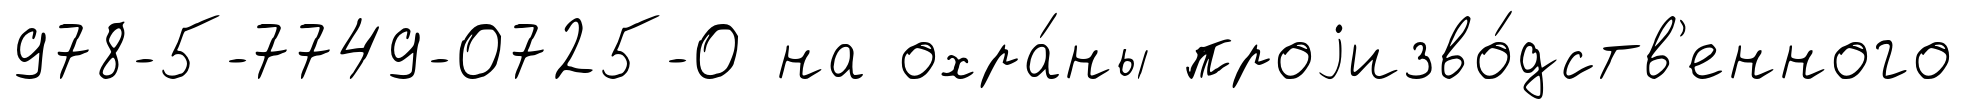
978-5-7749-0725-0 на охра́ны проjизво́дств'енного